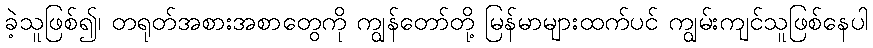
ခဲ့သူဖြစ်၍၊ တရုတ်အစားအစာတွေကို ကျွန်တော်တို့ မြန်မာများထက်ပင် ကျွမ်းကျင်သူဖြစ်နေပါ